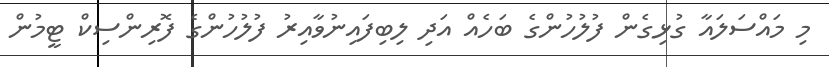
މި މައްސަލައާ ގުޅިގެން ފުލުހުންގެ ބަހެއް އަދި ލިބިފައިނުވާއިރު ފުލުހުންގެ ފޮރިންސިކް ޓީމުން